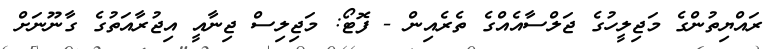
ރައްޔިތުންގެ މަޖިލީހުގެ ޖަލްސާއެއްގެ ތެރެއިން - ފޮޓޯ: މަޖިލިސް ޖިނާއީ އިޖުރާއަތުގެ ގާނޫނަށް